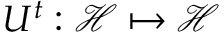
U ^ { t } : \mathcal H \mapsto \mathcal H